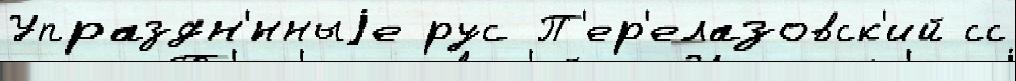
Упраздн'́нныjе рус П'ер'елазовск'ий сс